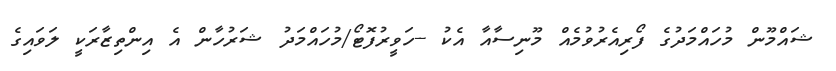
ޝައްމޫން މުހައްމަދުގެ ފޯރިއެރުވުމެއް މޫނިސާއާ އެކު --ހަވީރުފޮޓޯ/މުހައްމަދު ޝަރުހާން އެ އިންތިޒާރަކީ ލަވައިގެ